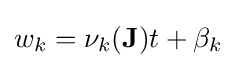
w_{k}=\nu _{k}(\mathbf {J} )t+\beta _{k}